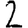
Digit: 2